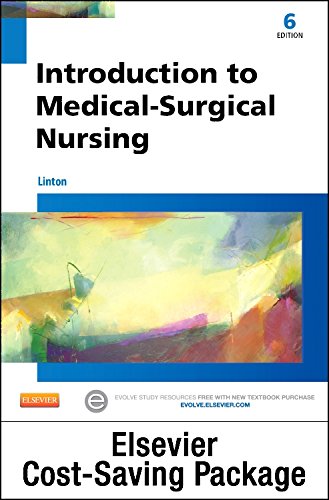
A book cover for Introduction to Medical-Surgical Nursing - Text and Virtual Clinical Excursions Online Package, 6e; Adrianne Dill Linton PhD  RN  FAAN; Medical Books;